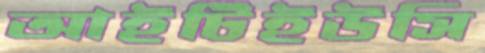
আইটিইউসি